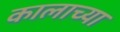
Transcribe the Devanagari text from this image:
कालाच्या